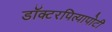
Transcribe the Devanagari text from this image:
डॉक्टरपित्यापोटी